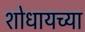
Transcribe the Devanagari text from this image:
शोधायच्या